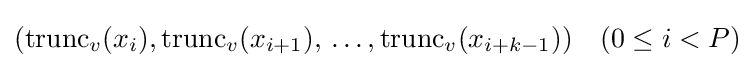
(\operatorname {trunc} _{v}(x_{i}),\operatorname {trunc} _{v}(x_{i+1}),\,\ldots ,\operatorname {trunc} _{v}(x_{i+k-1}))\quad (0\leq i<P)